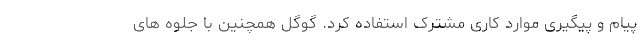
پیام و پیگیری موارد کاری مشترک استفاده کرد. گوگل همچنین با جلوه های